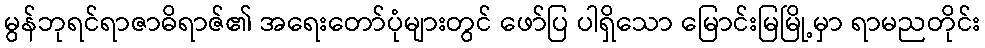
မွန်ဘုရင်ရာဇာဓိရာဇ်၏ အရေးတော်ပုံများတွင် ဖော်ပြ ပါရှိသော မြောင်းမြမြို့မှာ ရာမညတိုင်း